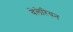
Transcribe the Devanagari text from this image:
वेलेरियन